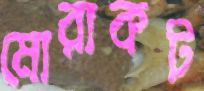
মোরাকট